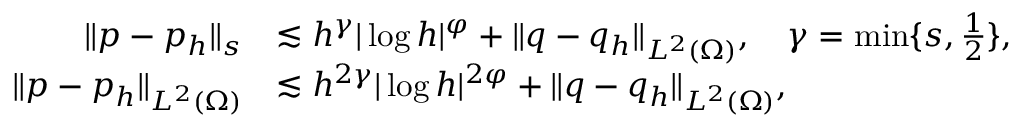
\begin{array} { r l } { \| p - p _ { h } \| _ { s } } & { \lesssim h ^ { \gamma } | \log h | ^ { \varphi } + \| q - q _ { h } \| _ { L ^ { 2 } ( \Omega ) } , \quad \gamma = \operatorname* { m i n } \{ s , \frac { 1 } { 2 } \} , } \\ { \| p - p _ { h } \| _ { L ^ { 2 } ( \Omega ) } } & { \lesssim h ^ { 2 \gamma } | \log h | ^ { 2 \varphi } + \| q - q _ { h } \| _ { L ^ { 2 } ( \Omega ) } , } \end{array}